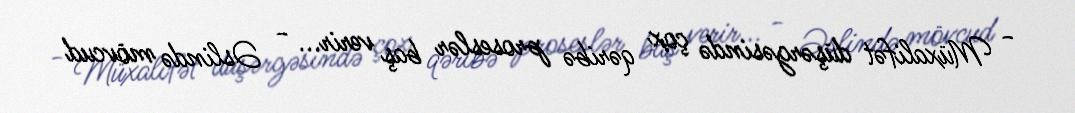
- Müxalifət düşərgəsində çox qəribə proseslər baş verir... - Əslində mövcud